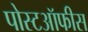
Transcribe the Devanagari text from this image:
पोस्टऑफीस